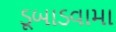
ડૂબાડવામા